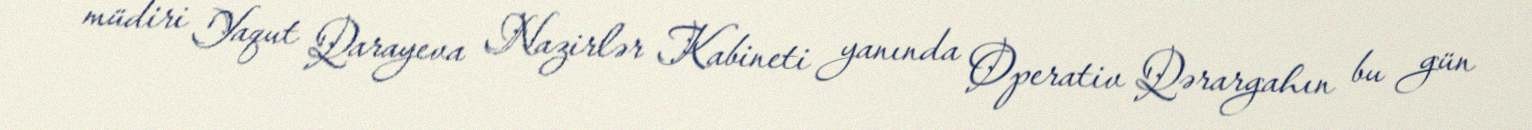
müdiri Yaqut Qarayeva Nazirlər Kabineti yanında Operativ Qərargahın bu gün